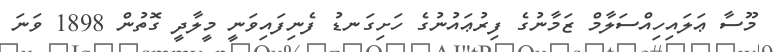
މޫސާ ޢަލައިހިއްސަލާމް ޒަމާނުގެ ފިރުޢައުނުގެ ހަށިގަނޑު ފެނިފައިވަނީ މީލާދީ ގޮތުން 1898 ވަނަ